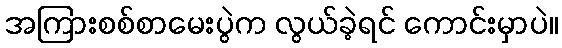
အကြားစစ်စာမေးပွဲက လွယ်ခဲ့ရင် ကောင်းမှာပဲ။